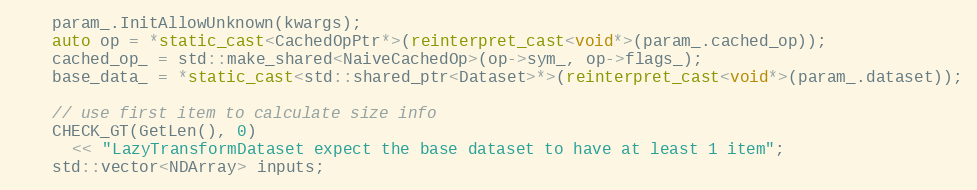
Language: C++
    param_.InitAllowUnknown(kwargs);
    auto op = *static_cast<CachedOpPtr*>(reinterpret_cast<void*>(param_.cached_op));
    cached_op_ = std::make_shared<NaiveCachedOp>(op->sym_, op->flags_);
    base_data_ = *static_cast<std::shared_ptr<Dataset>*>(reinterpret_cast<void*>(param_.dataset));

    // use first item to calculate size info
    CHECK_GT(GetLen(), 0)
      << "LazyTransformDataset expect the base dataset to have at least 1 item";
    std::vector<NDArray> inputs;